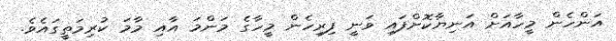
އަންހެން މީހާއަށް އަނިޔާކޮށްފައި ވަނީ ފިރިހެން މީހާގެ މަންމަ އާއި މާމަ ކުރިމަތީގައެވެ.